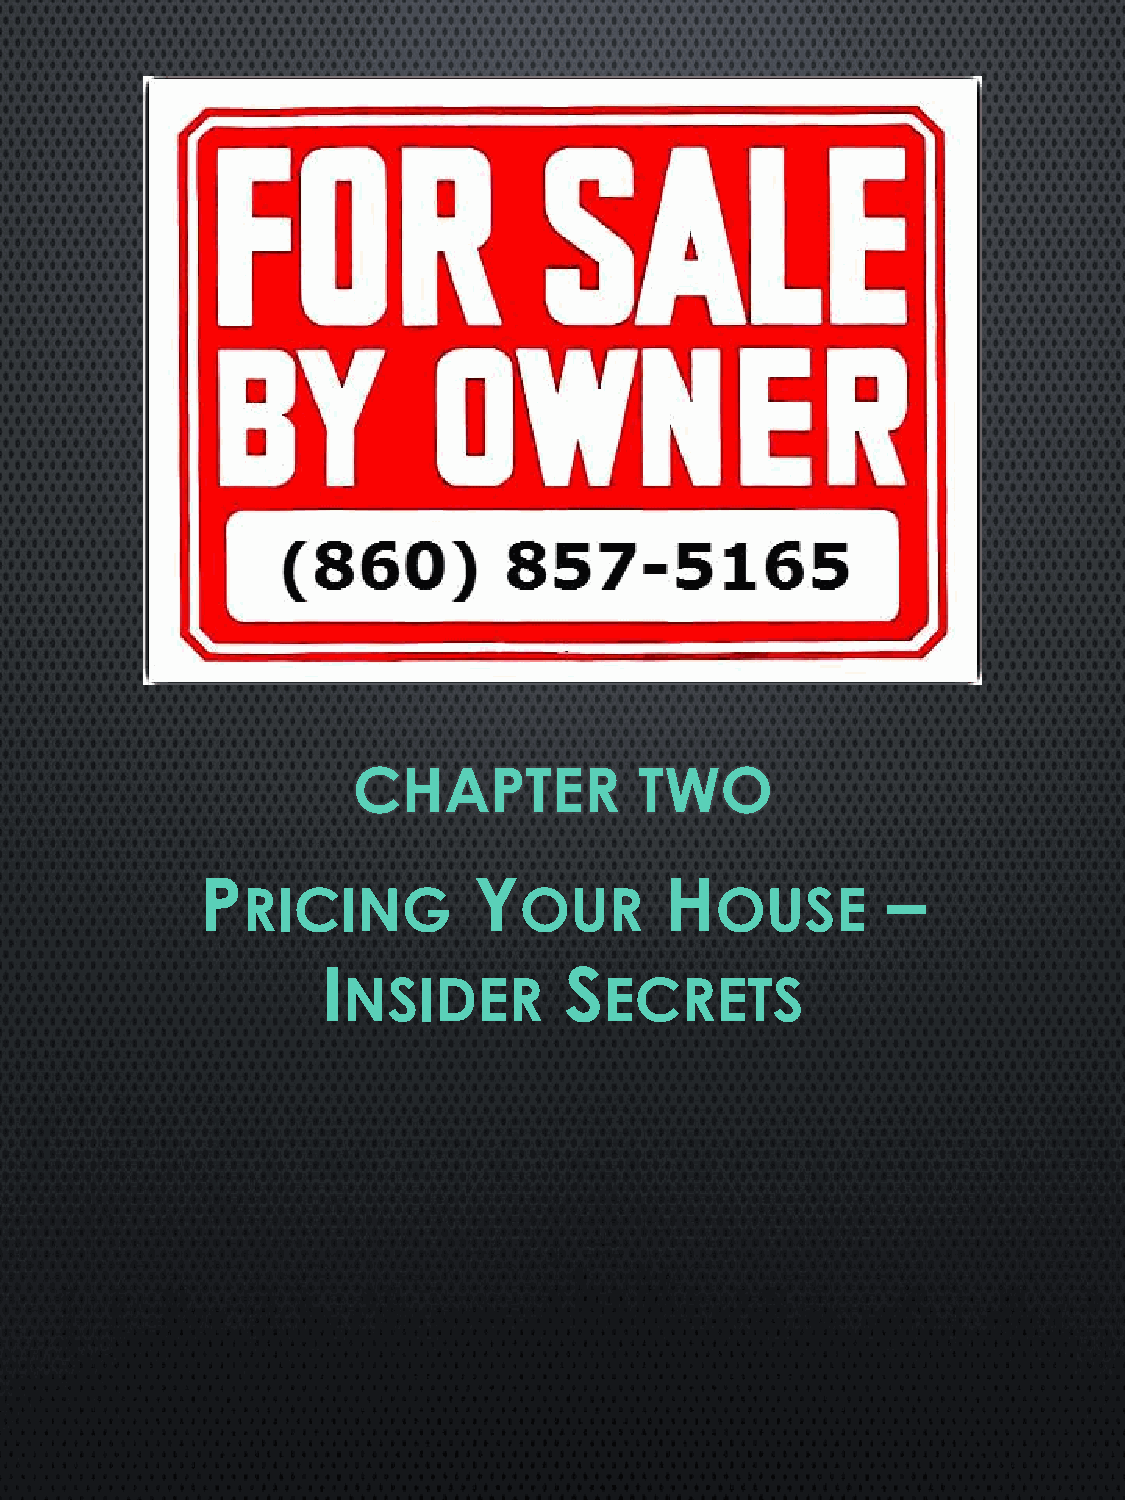
CHAPTER            TWO
 P                 Y            H              –
 RICING            OUR          OUSE
 I               S
 NSIDER           ECRETS